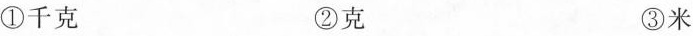
①千克 ②克 ③米